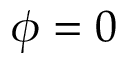
\phi = 0